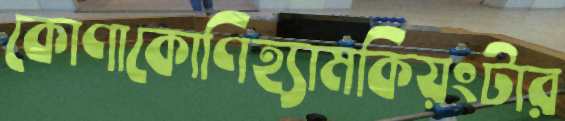
কোণাকোণিহ্যামকিয়ংটার